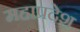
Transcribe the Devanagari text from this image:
महाप्रदेश